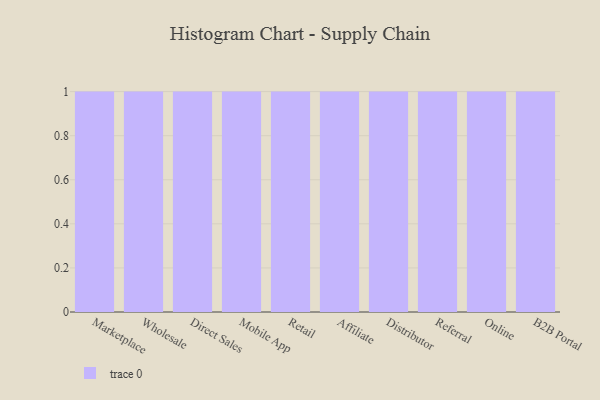
{"axis": {"x": "Channel", "y": "Inventory Turnover"}, "legend": [""], "data": [{"x": "Marketplace", "y": 53, "type": ""}, {"x": "Wholesale", "y": 49, "type": ""}, {"x": "Direct Sales", "y": 4, "type": ""}, {"x": "Mobile App", "y": 41, "type": ""}, {"x": "Retail", "y": 29, "type": ""}, {"x": "Affiliate", "y": 67, "type": ""}, {"x": "Distributor", "y": 54, "type": ""}, {"x": "Referral", "y": 43, "type": ""}, {"x": "Online", "y": 57, "type": ""}, {"x": "B2B Portal", "y": 63, "type": ""}]}